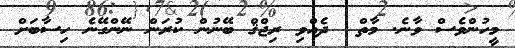
މީހުންވެސް ވާނެ. މާތް  ދެއްވި ރިޖްޤް ބޭނުން ކުރަން ނޭންގޭނެ ހިސާބަށް